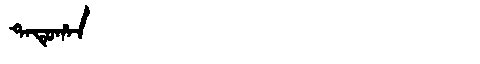
Manchu: ᡨᠠᡨᡠᡥᠠᠨ
Romanization: TATUHAN